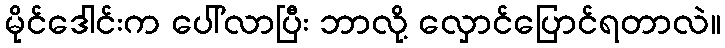
မိုင်ဒေါင်းက ပေါ်လာပြီး ဘာလို့ လှောင်ပြောင်ရတာလဲ။